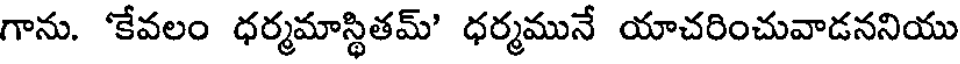
గాను. 'కేవలం ధర్మమాస్థితమ్' ధర్మమునే యాచరించువాడననియు